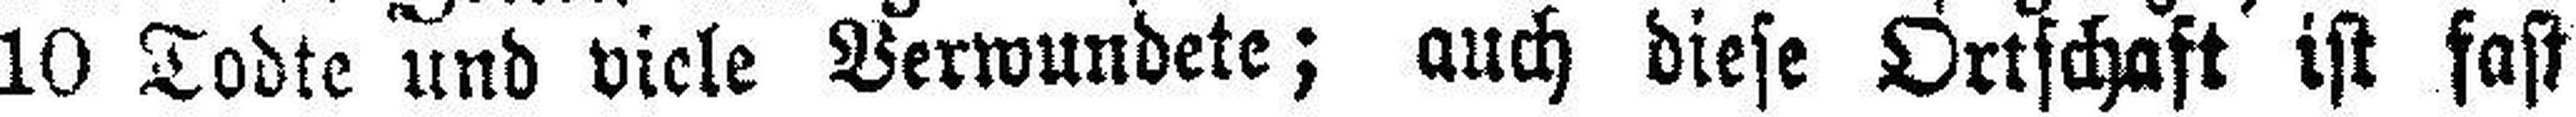
10 Todte und viele Verwundete; auch diese Ortschaft ist fast